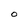
Character: O